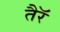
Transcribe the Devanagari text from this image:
तैरॅ